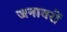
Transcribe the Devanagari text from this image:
जनावरों